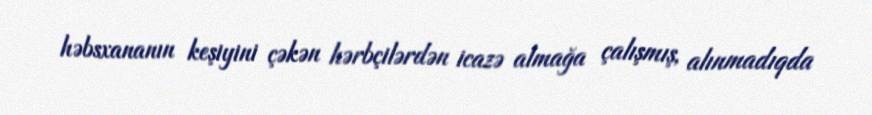
həbsxananın keşiyini çəkən hərbçilərdən icazə almağa çalışmış, alınmadıqda